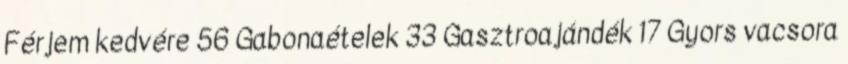
Férjem kedvére 56 Gabonaételek 33 Gasztroajándék 17 Gyors vacsora